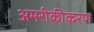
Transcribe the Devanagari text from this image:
अमरीकीकरण